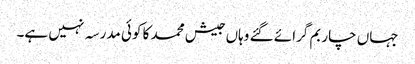
جہاں چار بم گرائے گئے وہاں جیش محمد کا کوئی مدرسہ نہیں ہے۔